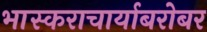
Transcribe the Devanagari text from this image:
भास्कराचार्याबरोबर